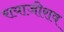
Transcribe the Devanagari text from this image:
रायाजीराव